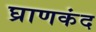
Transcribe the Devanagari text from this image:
घ्राणकंद